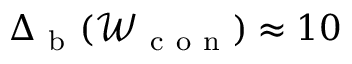
\Delta _ { \mathrm { ~ b ~ } } ( \mathcal { W } _ { \mathrm { ~ c ~ o ~ n ~ } } ) \approx 1 0